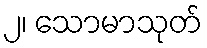
၂၊ သောမာသုတ်